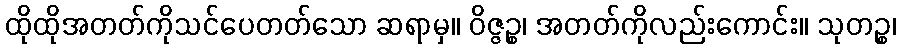
ထိုထိုအတတ်ကိုသင်ပေတတ်သော ဆရာမှ။ ဝိဇ္ဇဉ္စ၊ အတတ်ကိုလည်းကောင်း။ သုတဉ္စ၊